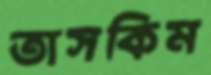
তাসকিম